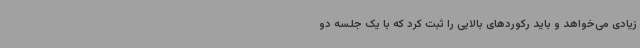
زیادی می‌خواهد و باید رکوردهای بالایی را ثبت کرد که با یک جلسه دو